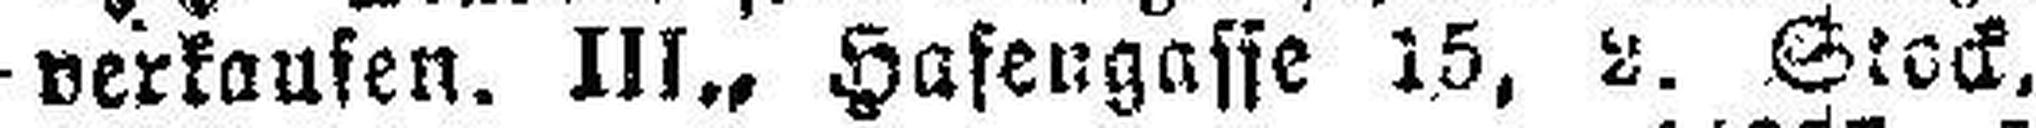
verkaufen, III., Hasengasse 15, 2. Stock,